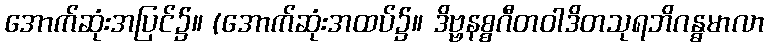
အောက်ဆုံးအပြင်၌။ (အောက်ဆုံးအထပ်၌။ ဒိဗ္ဗနစ္စဂီတဝါဒိတသုရဘိဂန္ဓမာလာ